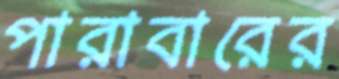
পারাবারের